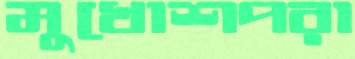
মুখোশপরা